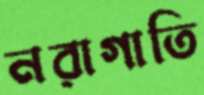
নরাগাতি